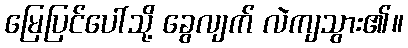
မြေပြင်ပေါ်သို့ ခွေလျက် လဲကျသွား၏။